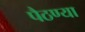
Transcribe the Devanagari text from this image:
पैठण्या